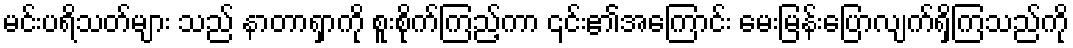
မင်းပရိသတ်များ သည် နာတာရှာကို စူးစိုက်ကြည့်ကာ ၎င်း၏အကြောင်း မေးမြန်းပြောလျက်ရှိကြသည်ကို